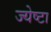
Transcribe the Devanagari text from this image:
ज्येष्टा